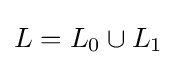
L=L_{0}\cup L_{1}